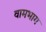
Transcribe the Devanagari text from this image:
वामभाग